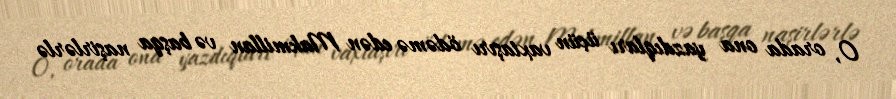
O, orada ona yazdıqları üçün vaxtaşırı ödəmə edən Makmillan və başqa naşirlərlə